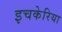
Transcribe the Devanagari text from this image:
इचकेरिया